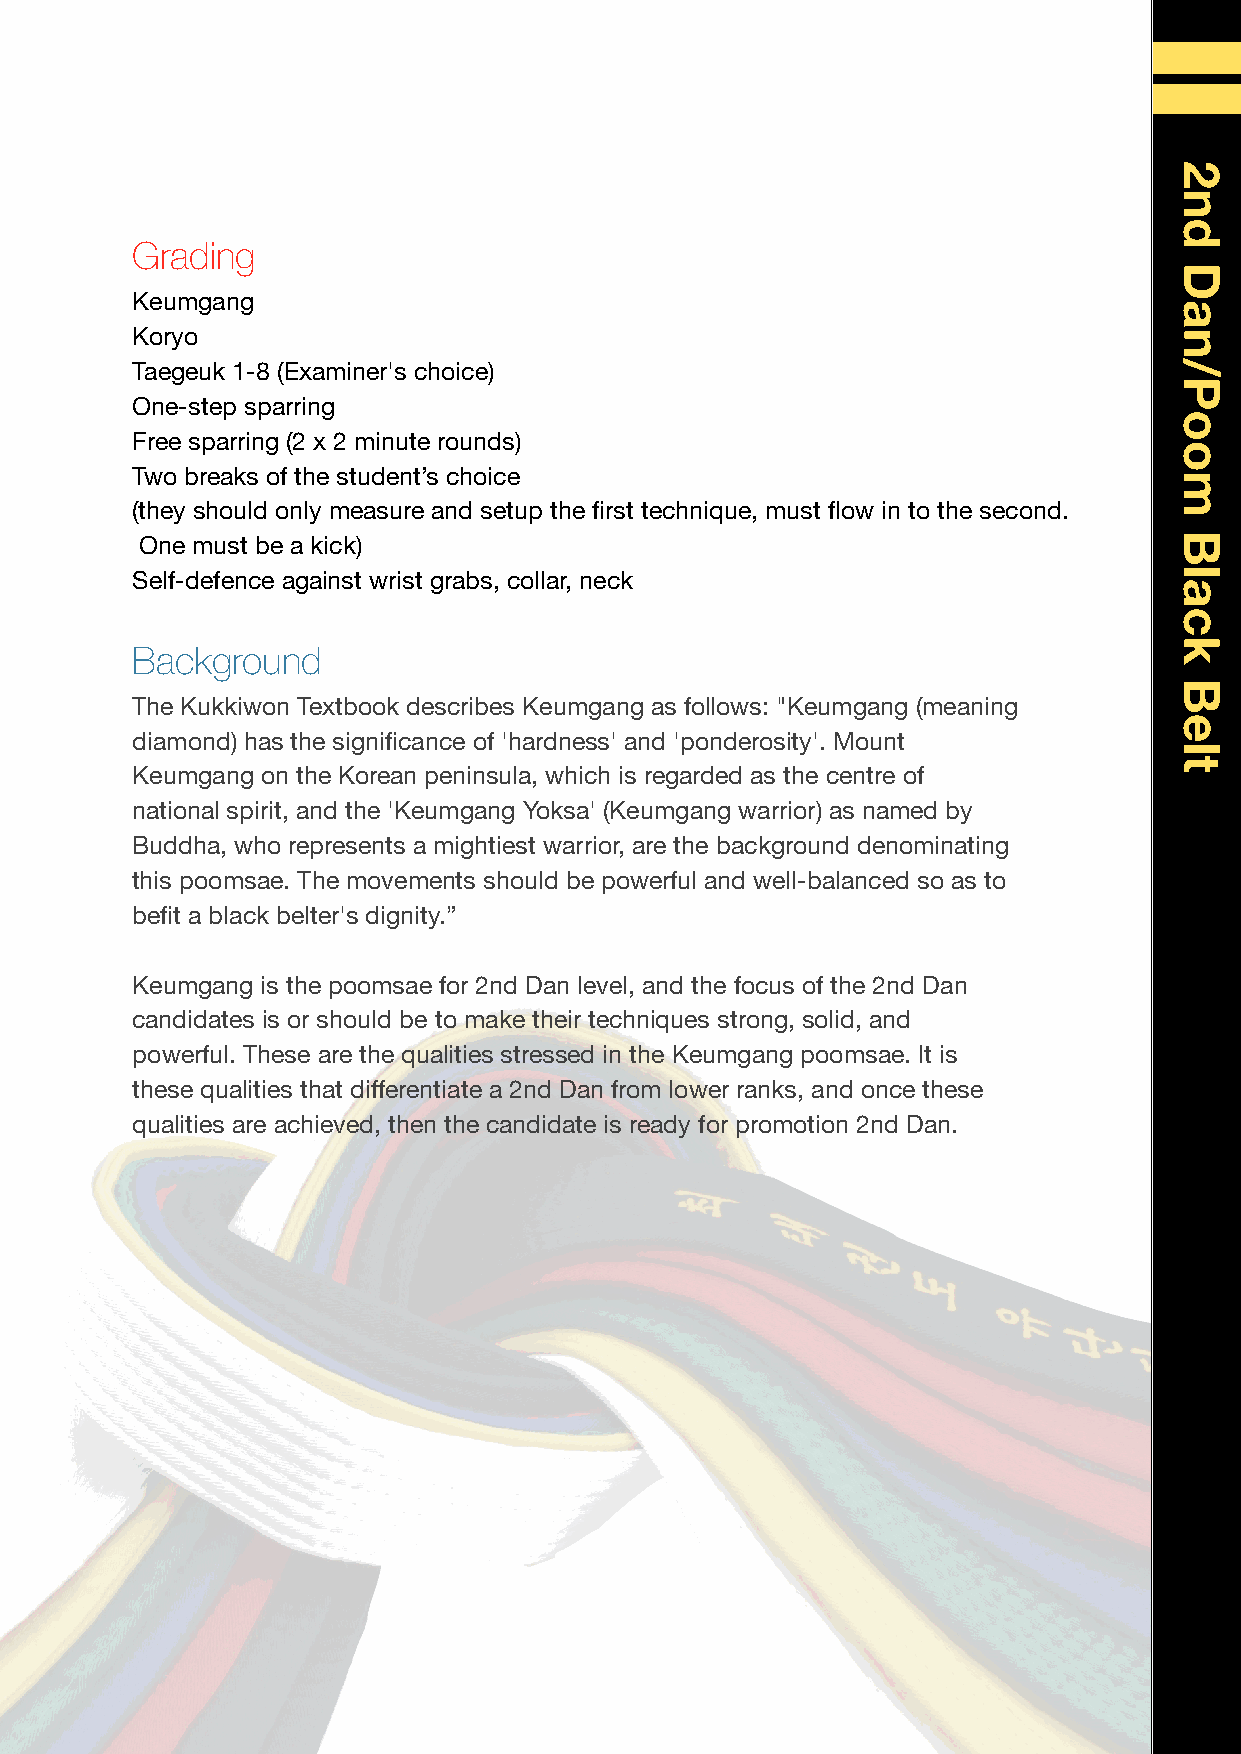
Grading
 Keumgang
 Koryo
 Taegeuk 1-8 (Examiner's choice)
 One-step sparring
 Free sparring (2 x 2 minute rounds)
 Two breaks of the student’s choice
 (they should only measure and setup the first technique, must flow in to the second.
 One must be a kick)
 Self-defence against wrist grabs, collar, neck
 Background
 The Kukkiwon Textbook describes Keumgang as follows: "Keumgang (meaning
 diamond) has the significance of 'hardness' and 'ponderosity'. Mount
 Keumgang on the Korean peninsula, which is regarded as the centre of
 national spirit, and the 'Keumgang Yoksa' (Keumgang warrior) as named by
 Buddha, who represents a mightiest warrior, are the background denominating
 this poomsae. The movements should be powerful and well-balanced so as to
 befit a black belter's dignity.”
 Keumgang is the poomsae for 2nd Dan level, and the focus of the 2nd Dan
 candidates is or should be to make their techniques strong, solid, and
 powerful. These are the qualities stressed in the Keumgang poomsae. It is
 these qualities that differentiate a 2nd Dan from lower ranks, and once these
 qualities are achieved, then the candidate is ready for promotion 2nd Dan.
 2nd
 Dan/Poom
 Black
 Belt